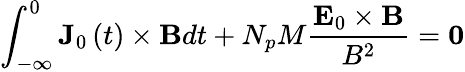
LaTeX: \int_{-\infty}^{0}\mathbf{J}_{0}\left(t\right)\times\mathbf{B}dt+N_{p}M\frac{\mathbf{E}_{0}\times\mathbf{B}}{B^{2}}=\mathbf{0}